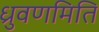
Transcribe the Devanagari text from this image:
ध्रुवणमिति